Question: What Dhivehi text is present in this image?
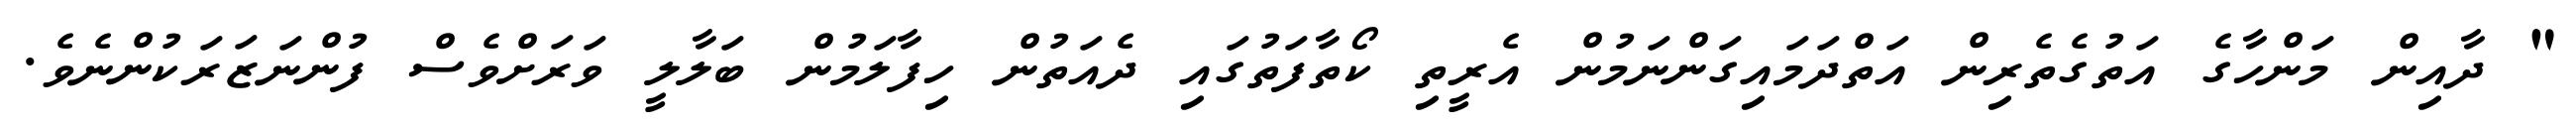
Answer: " ދާއިން މަންހާގެ އަތުގެތެރިން އަތްދަމައިގަންނަމުން އެރީތި ކޯތާފަތުގައި ދެއަތުން ހިފާލަމުން ބަލާލީ ވަރަށްވެސް ފުންނަޒަރަކުންނެވެ.